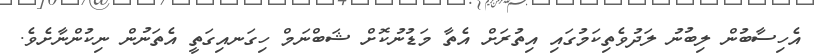
އެހިސާބުން ލިބުނު ލަދުވެތިކަމުގައި އިތުރަށް އެތާ މަޑުނުކޮށް ޝަބްނަމް ހިގަނއިގަތީ އެތަނުން ނިކުންނާށެވެ.